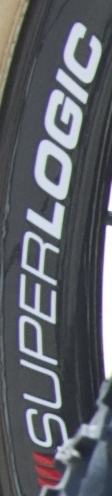
SUPERLOGIC